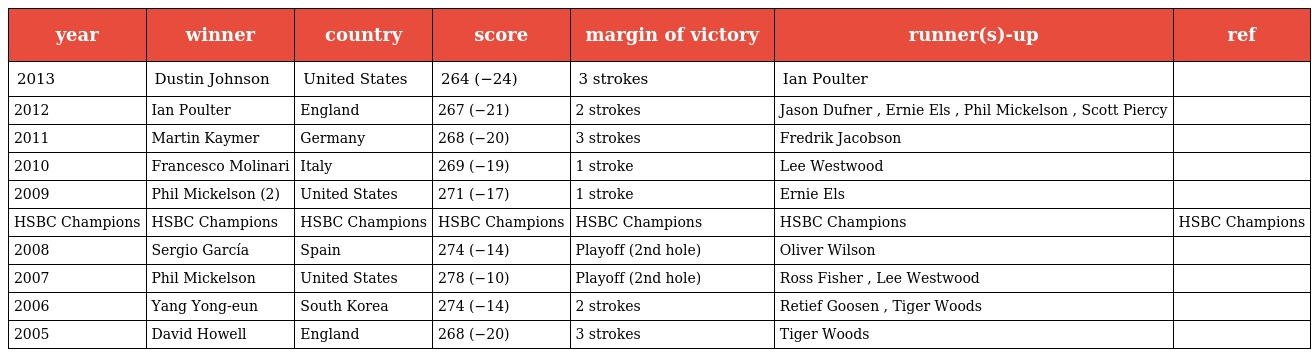
| year | winner | country | score | margin of victory | runner(s)-up | ref |
 | --- | --- | --- | --- | --- | --- | --- |
 | 2013 | Dustin Johnson | United States | 264 (−24) | 3 strokes | Ian Poulter |  |
 | 2012 | Ian Poulter | England | 267 (−21) | 2 strokes | Jason Dufner , Ernie Els , Phil Mickelson , Scott Piercy |  |
 | 2011 | Martin Kaymer | Germany | 268 (−20) | 3 strokes | Fredrik Jacobson |  |
 | 2010 | Francesco Molinari | Italy | 269 (−19) | 1 stroke | Lee Westwood |  |
 | 2009 | Phil Mickelson (2) | United States | 271 (−17) | 1 stroke | Ernie Els |  |
 | HSBC Champions | HSBC Champions | HSBC Champions | HSBC Champions | HSBC Champions | HSBC Champions | HSBC Champions |
 | 2008 | Sergio García | Spain | 274 (−14) | Playoff (2nd hole) | Oliver Wilson |  |
 | 2007 | Phil Mickelson | United States | 278 (−10) | Playoff (2nd hole) | Ross Fisher , Lee Westwood |  |
 | 2006 | Yang Yong-eun | South Korea | 274 (−14) | 2 strokes | Retief Goosen , Tiger Woods |  |
 | 2005 | David Howell | England | 268 (−20) | 3 strokes | Tiger Woods |  |